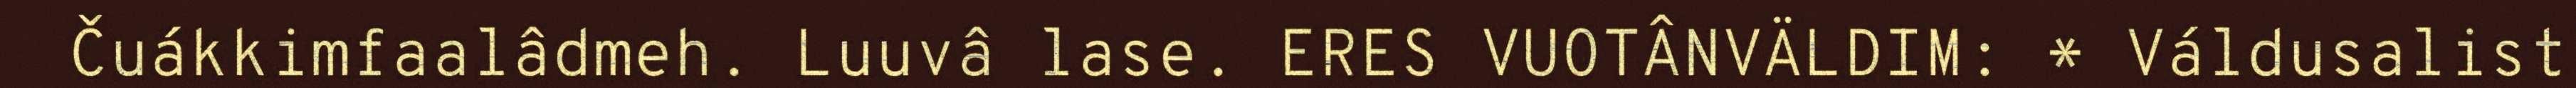
Čuákkimfaalâdmeh. Luuvâ lase. ERES VUOTÂNVÄLDIM: * Váldusalist